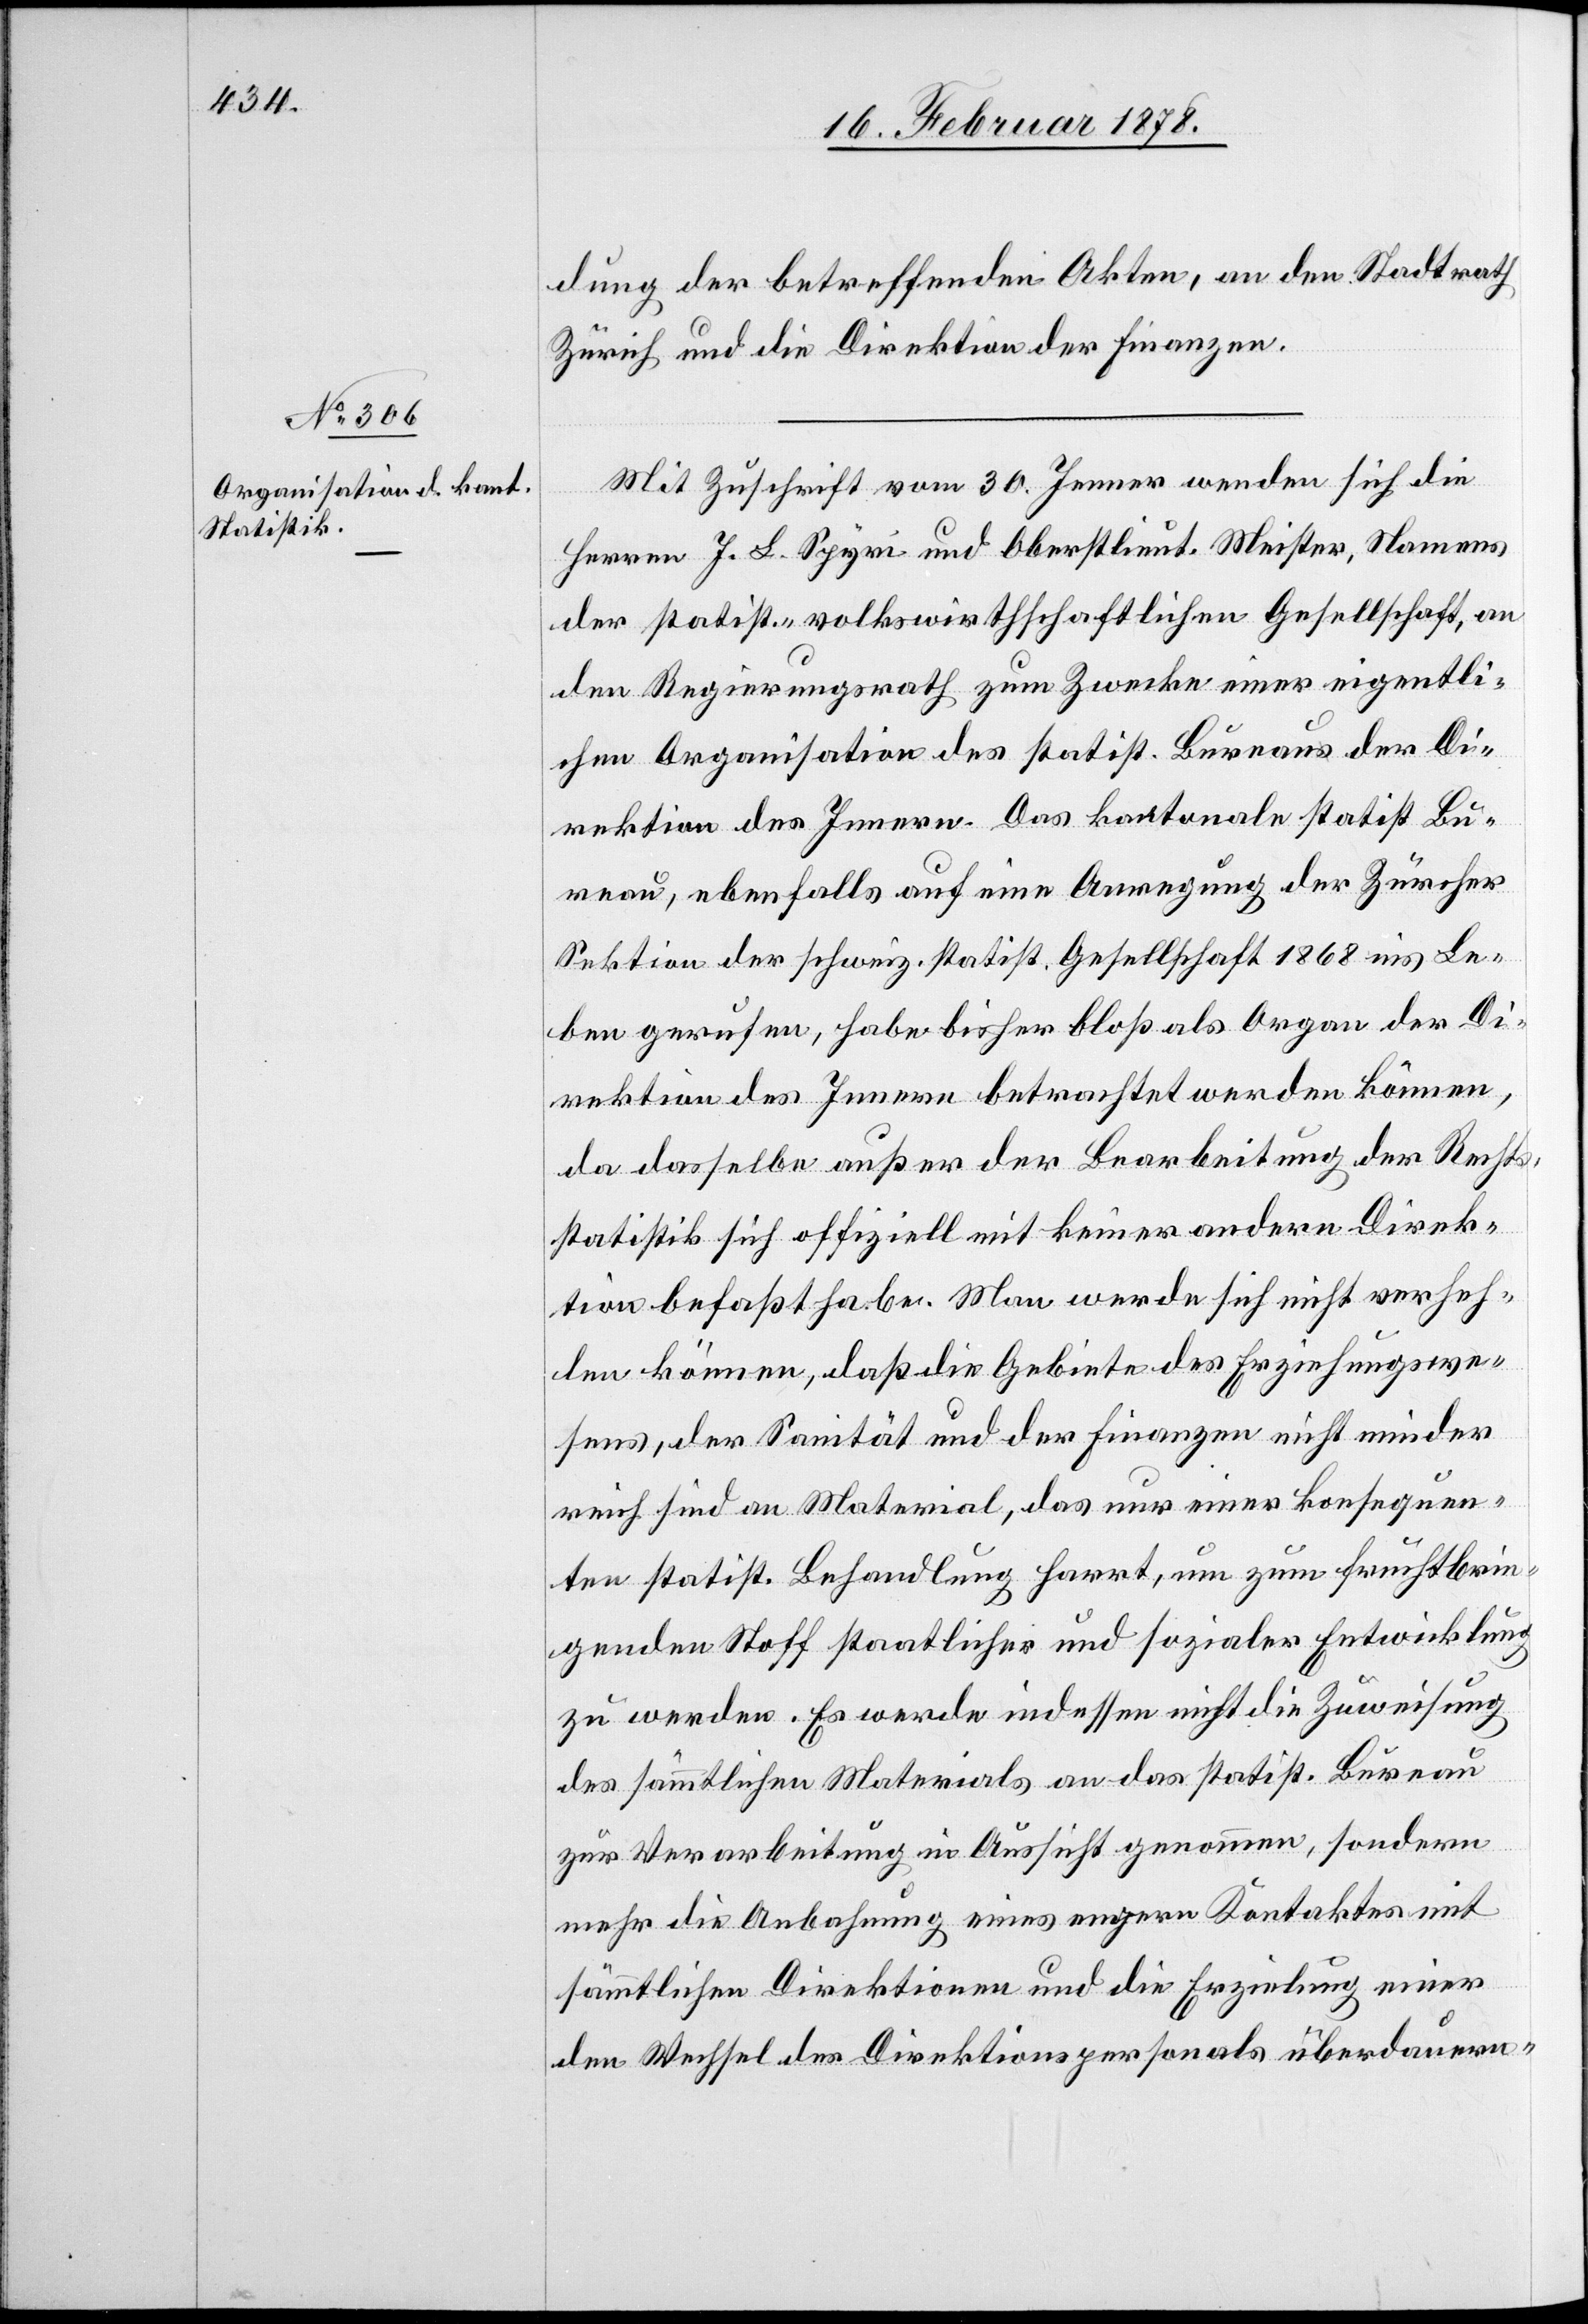
dung der betreffenden Akten, an den Stadtrath
Zürich und die Direktion der Finanzen.
Mit Zuschrift vom 30. Jenner wenden sich die
Herren J. L. Spyri und Oberstlieut. Meister, Namens
der statist.-volkswirthschaftlichen Gesellschaft, an
den Regierungsrath zum Zwecke einer eigentli¬
chen Organisation des statist. Büreaus der Di¬
rektion des Innern. Das kantonale statist. Bü¬
reau, ebenfalls auf eine Anregung der Zürcher
Sektion der schweiz. statist. Gesellschaft 1868 ins Le¬
ben gerufen, habe bisher bloß als Organ der Di¬
rektion des Innern betrachtet werden können,
da dasselbe außer der Bearbeitung der Rechts¬
statistik sich offiziell mit keiner andern Direk¬
tion befasst habe. Man werde sich nicht verfeh¬
len können, daß die Gebiete des Erziehungswe¬
sens, der Sanität und der Finanzen nicht minder
reich sind an Material, das nur einer konsequen¬
ten statist. Behandlung harrt, um zum fruchtbrin¬
genden Stoff staatlicher und sozialer Entwicklung
zu werden. Es werde indessen nicht die Zuweisung
des sämmtlichen Materials an das statist. Büreau
zur Verarbeitung in Aussicht genommen, sondern
mehr die Anbahnung eines engern Kontaktes mit
sämmtlichen Direktionen und die Erziehung einer
den Wechsel des Direktionspersonals überdauern-